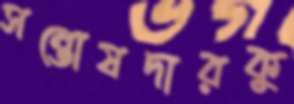
সন্তোষদারকু